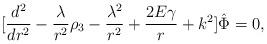
LaTeX: \begin{align*}\lbrack{d^2\over dr^2} -{\lambda\over r^2}\rho_3-{\lambda^2\over r^2}+{2E\gamma\over r}+ k^2\rbrack \hat\Phi=0,\end{align*}